65_HS1-834228961_62-HQ-83894_Section_9
Agency: FBI
Page 205
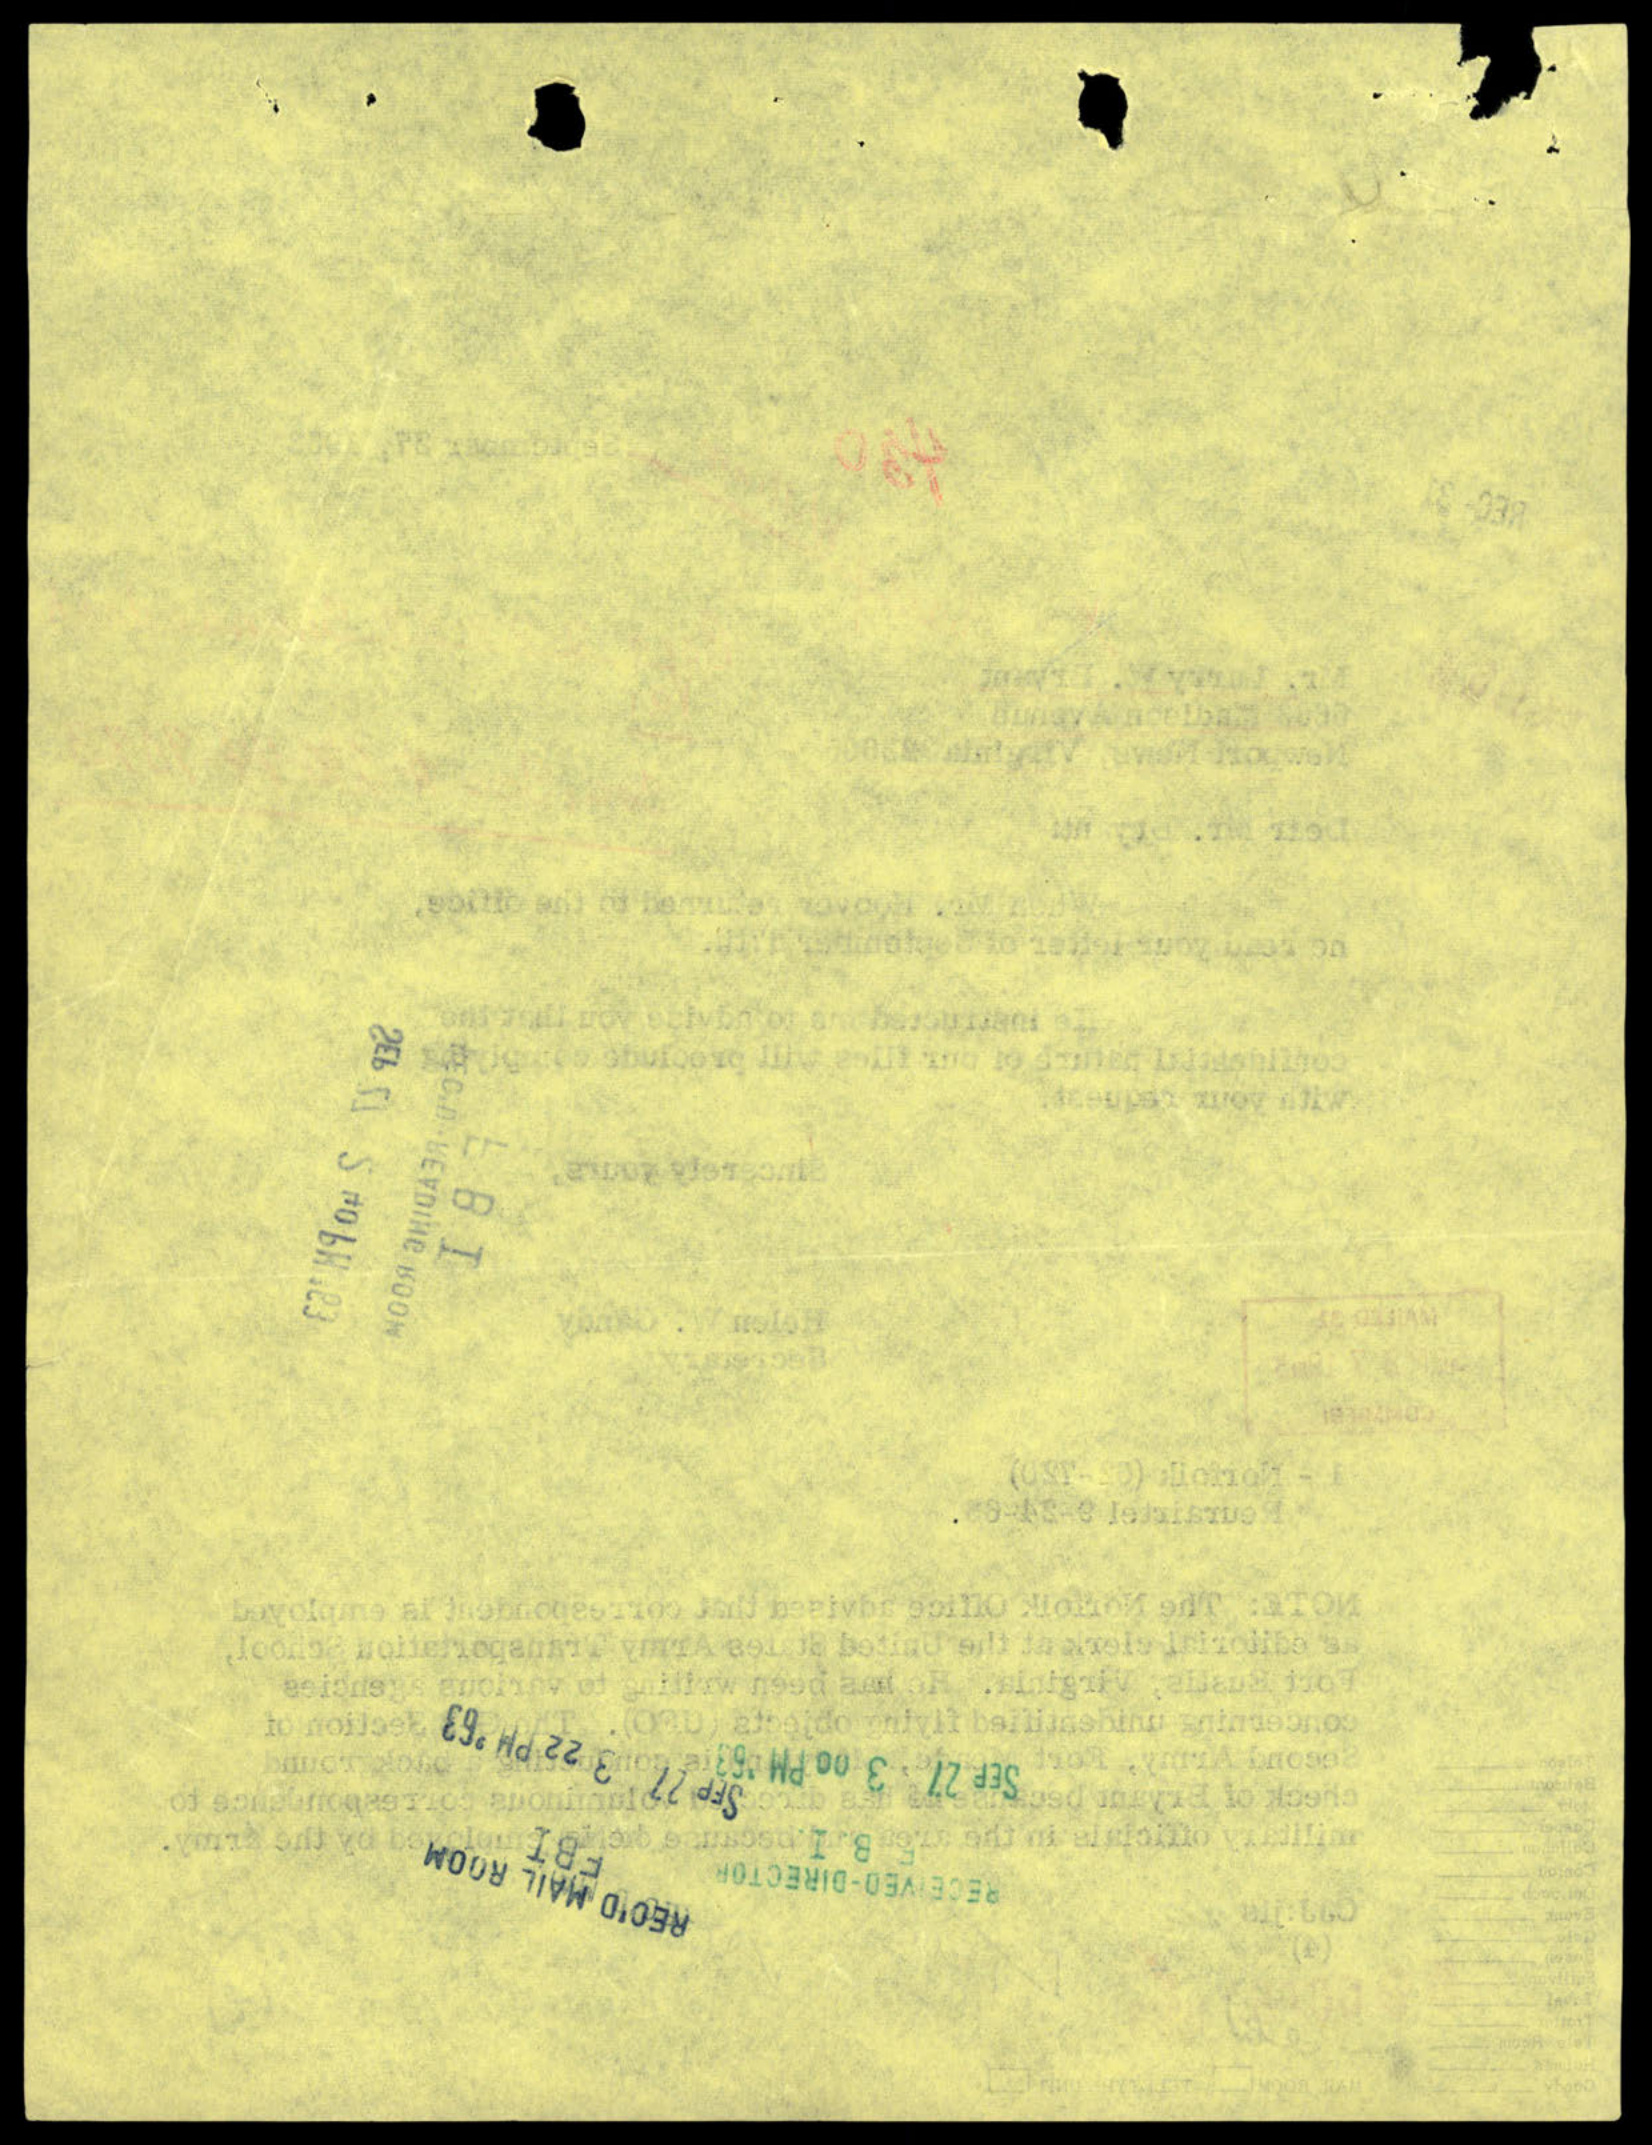